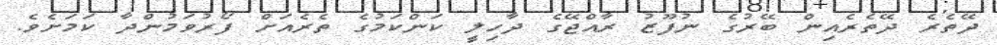
ދޭތެރެ ދޭތެރެއިން ބޭރުގެ ނުފޫޒު ރާއްޖޭގެ ދާހިލީ ކަންކަމުގެ ތެރެއަށް ފޯރުވަމުންދާ ކަމަށެވެ.